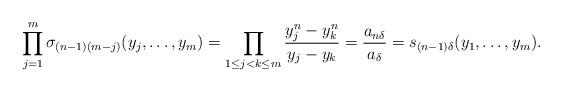
LaTeX: \begin{align*}\prod_{j=1}^m \sigma_{(n-1)(m-j)}(y_j, \ldots, y_m) = \prod_{1 \leq j < k \leq m} \dfrac{y_j^n - y_k^n}{y_j - y_k} = \dfrac{a_{n\delta}}{a_{\delta}} = s_{(n-1)\delta}(y_1, \ldots, y_m).\end{align*}